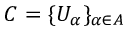
C = \{ U _ { \alpha } \} _ { \alpha \in A }